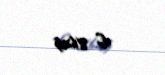
€ 8625